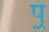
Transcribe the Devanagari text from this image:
प़्रं